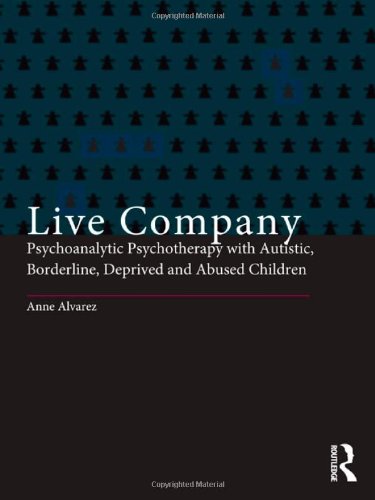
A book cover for Live Company: Psychoanalytic Psychotherapy with Autistic, Borderline, Deprived and Abused Children; Anne Alvarez; Health, Fitness & Dieting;